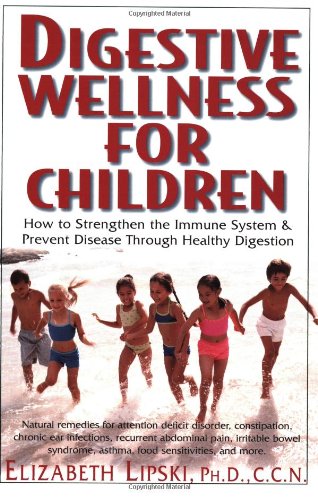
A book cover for Digestive Wellness for Children: How to Strengthen the Immune System & Prevent Disease Through Healthy Digestion; Elizabeth Lipski; Health, Fitness & Dieting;